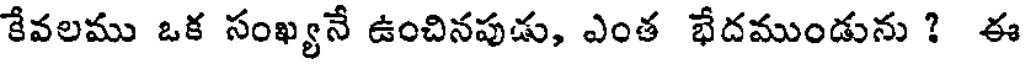
కేవలము ఒక సంఖ్యనే ఉంచినపుడు, ఎంత భేదముండును ? ఈ